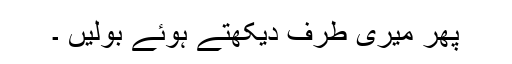
پھر میری طرف دیکھتے ہوئے بولیں ۔